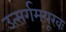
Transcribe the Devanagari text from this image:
उत्सर्गमयूखः